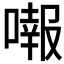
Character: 𠾷